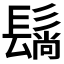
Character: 𬴬